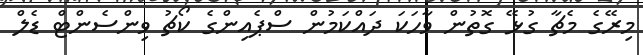
މިރޭގެ މެޗާ ގުޅޭ ގޮތުން ވާހަކަ ދައްކަމުން ސްޕެއިންގެ ކޯޗު ވިންސެންޓް ޑެލް